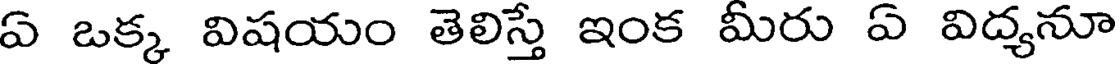
ఏ ఒక్క విషయం తెలిస్తే ఇంక మీరు ఏ విద్యనూ